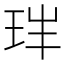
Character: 𤤓